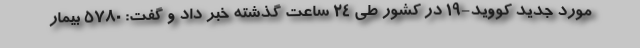
مورد جدید کووید-۱۹ در کشور طی ۲۴ ساعت گذشته خبر داد و گفت: ۵۷۸۰ بیمار